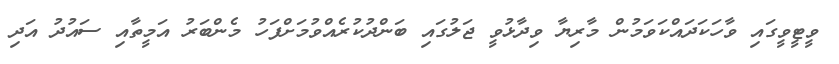
ވީޓީވީގައި ވާހަކަދައްކަވަމުން މާރިޔާ ވިދާޅުވީ ޖަލުގައި ބަންދުުކުރެއްވުމަށްފަހު މެންބަރު އަމީތާއި ސައުދު އަދި